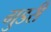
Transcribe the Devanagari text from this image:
गुडरी